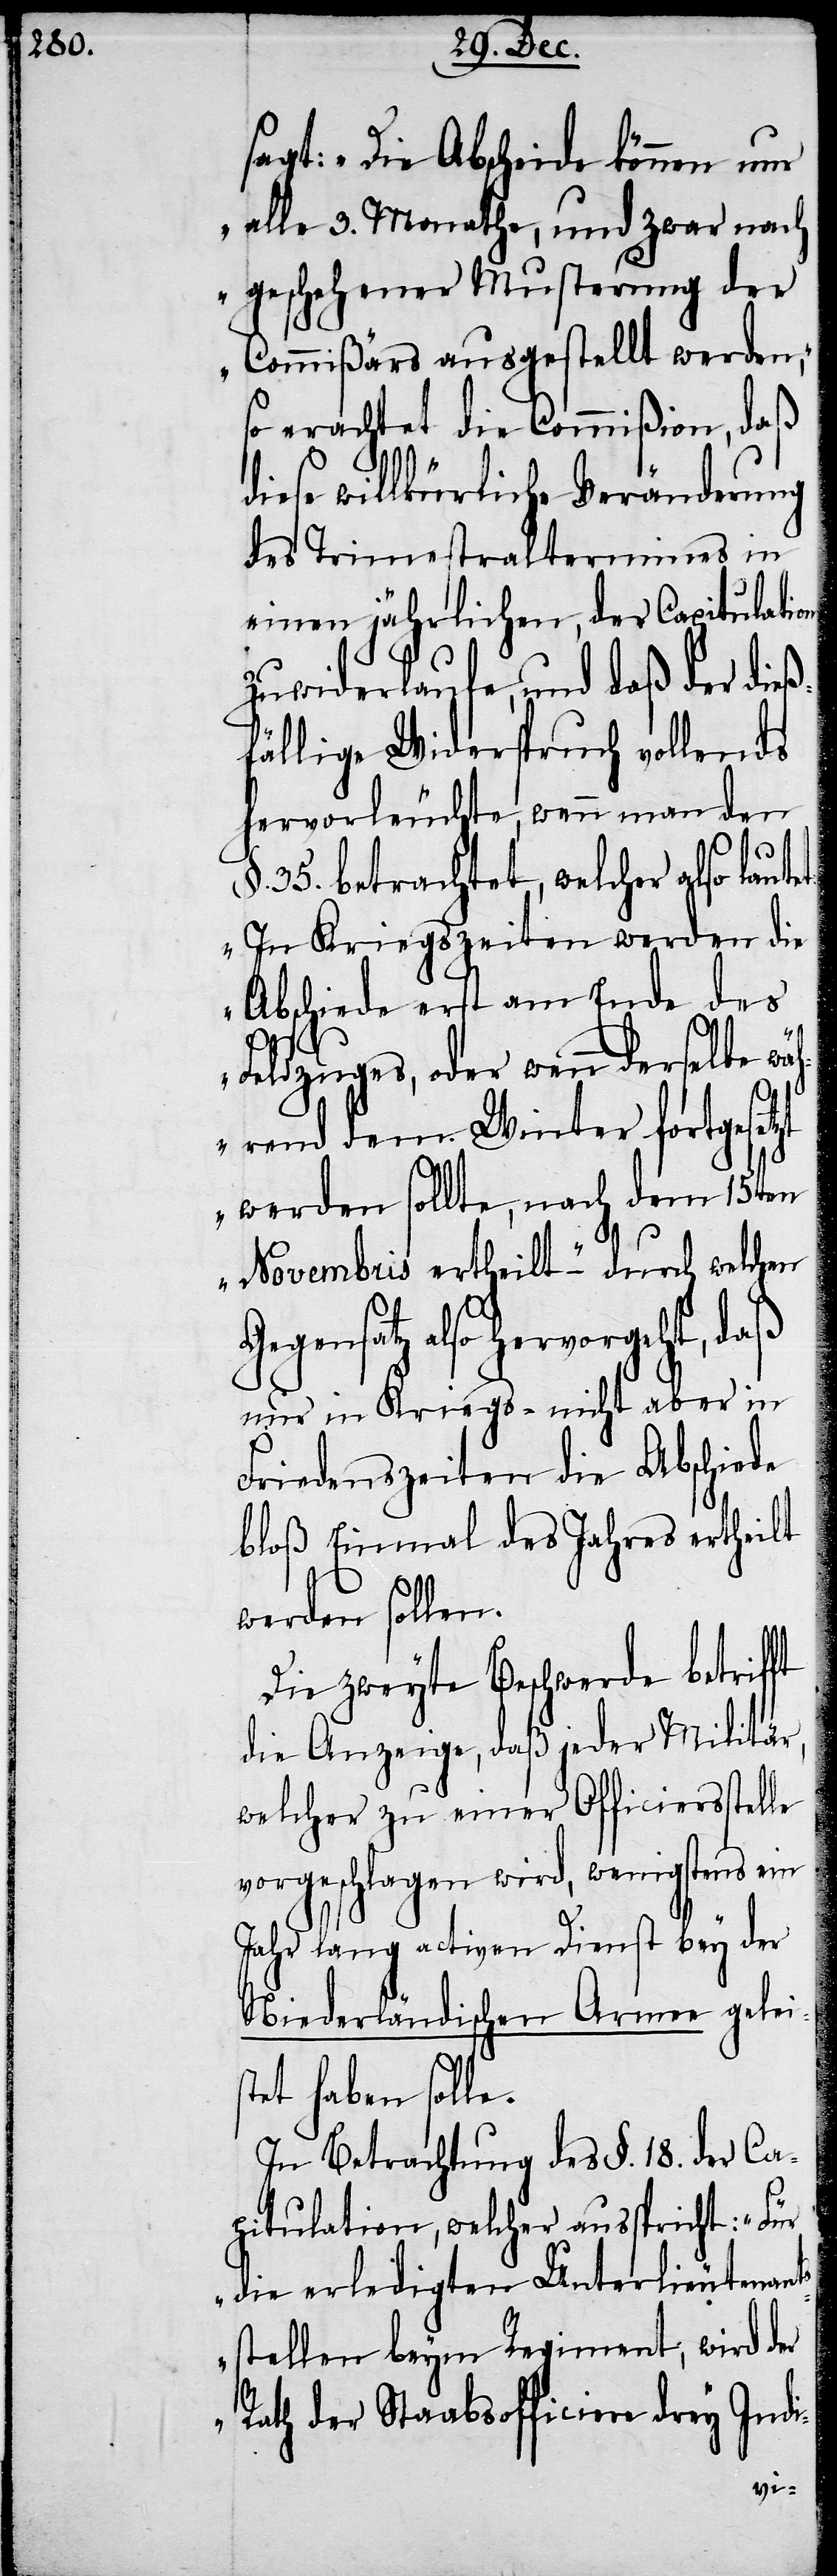
sagt: „Die Abscheide können nur
alle 3. Monathe, und zwar nach
geschehener Musterung der
Commißärs ausgestellt werden“,
so erachtet die Commißion, daß
diese willkürliche Veränderung
des Trimestraltermines in
einen jährlichen, der Capitulation
zuwiderlaufe, und daß der dieß¬
fällige Widerspruch vollends
hervorleuchte, wenn man den
§. 35. betrachtet, welcher also lau¬
„In Kriegszeiten werden die
Abschiede erst am Ende des
ts¬
Feldzuges, oder wenn derselbe wäh¬
rend dem Winter fortgesetzt
werden sollte, nach dem 15ten
Novembris ertheilt“ – durch welchen
Gegensatz also hervorgeht,
nur in Kriegs- nicht aber in
Friedenszeiten die Abschiede
bloß Einmal des Jahres ertheilt
werden sollen.
Die zweyte Beschwerde betrifft
die Anzeige, daß jeder Militär,
welcher zu einer Officiersstelle
vorgeschlagen wird, wenigstens ein
Jahr lang activen Dienst bey der
Niederländischen Armee gelei¬
stet haben solle.
In Betrachtung des §. 18. der Ca¬
pitulation, welcher ausspricht: „Für
die erledigten Unterlieutenan¬
stellen beym Regiment, wird der
Rath der Staabsofficiere drey Indi-